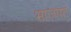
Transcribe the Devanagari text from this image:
भाजपत